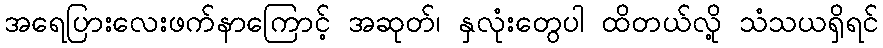
အရေပြားလေးဖက်နာကြောင့် အဆုတ်၊ နှလုံးတွေပါ ထိတယ်လို့ သံသယရှိရင်